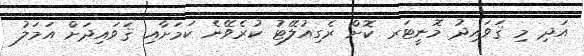
އަދި މި ޤަވައިދު މޮނީޓަރ ކޮށް ރެގިއުލޭޓު ކުރެވޭނެ ކަމަށާއި ޤަވައިދަށް އަމަލު